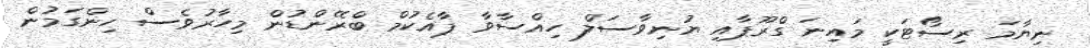
ނިޔާމަ ރިސޯޓަކީ މައިނަ ގްރޫޕާއި ޔުނިވާސަލް ހިއްސާވާ ޕާއެކުމް ބްރޭންޑުން މިހާރުވެސް ހިންގަމުން